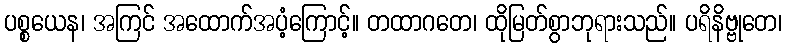
ပစ္စယေန၊ အကြင် အထောက်အပံ့ကြောင့်။ တထာဂတေ၊ ထိုမြတ်စွာဘုရားသည်။ ပရိနိဗ္ဗုတေ၊